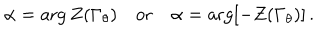
LaTeX: \alpha = \arg Z ( \Gamma _ { \theta } ) \quad \mathrm { o r } \quad \alpha = \arg [ - Z ( \Gamma _ { \theta } ) ] \, .